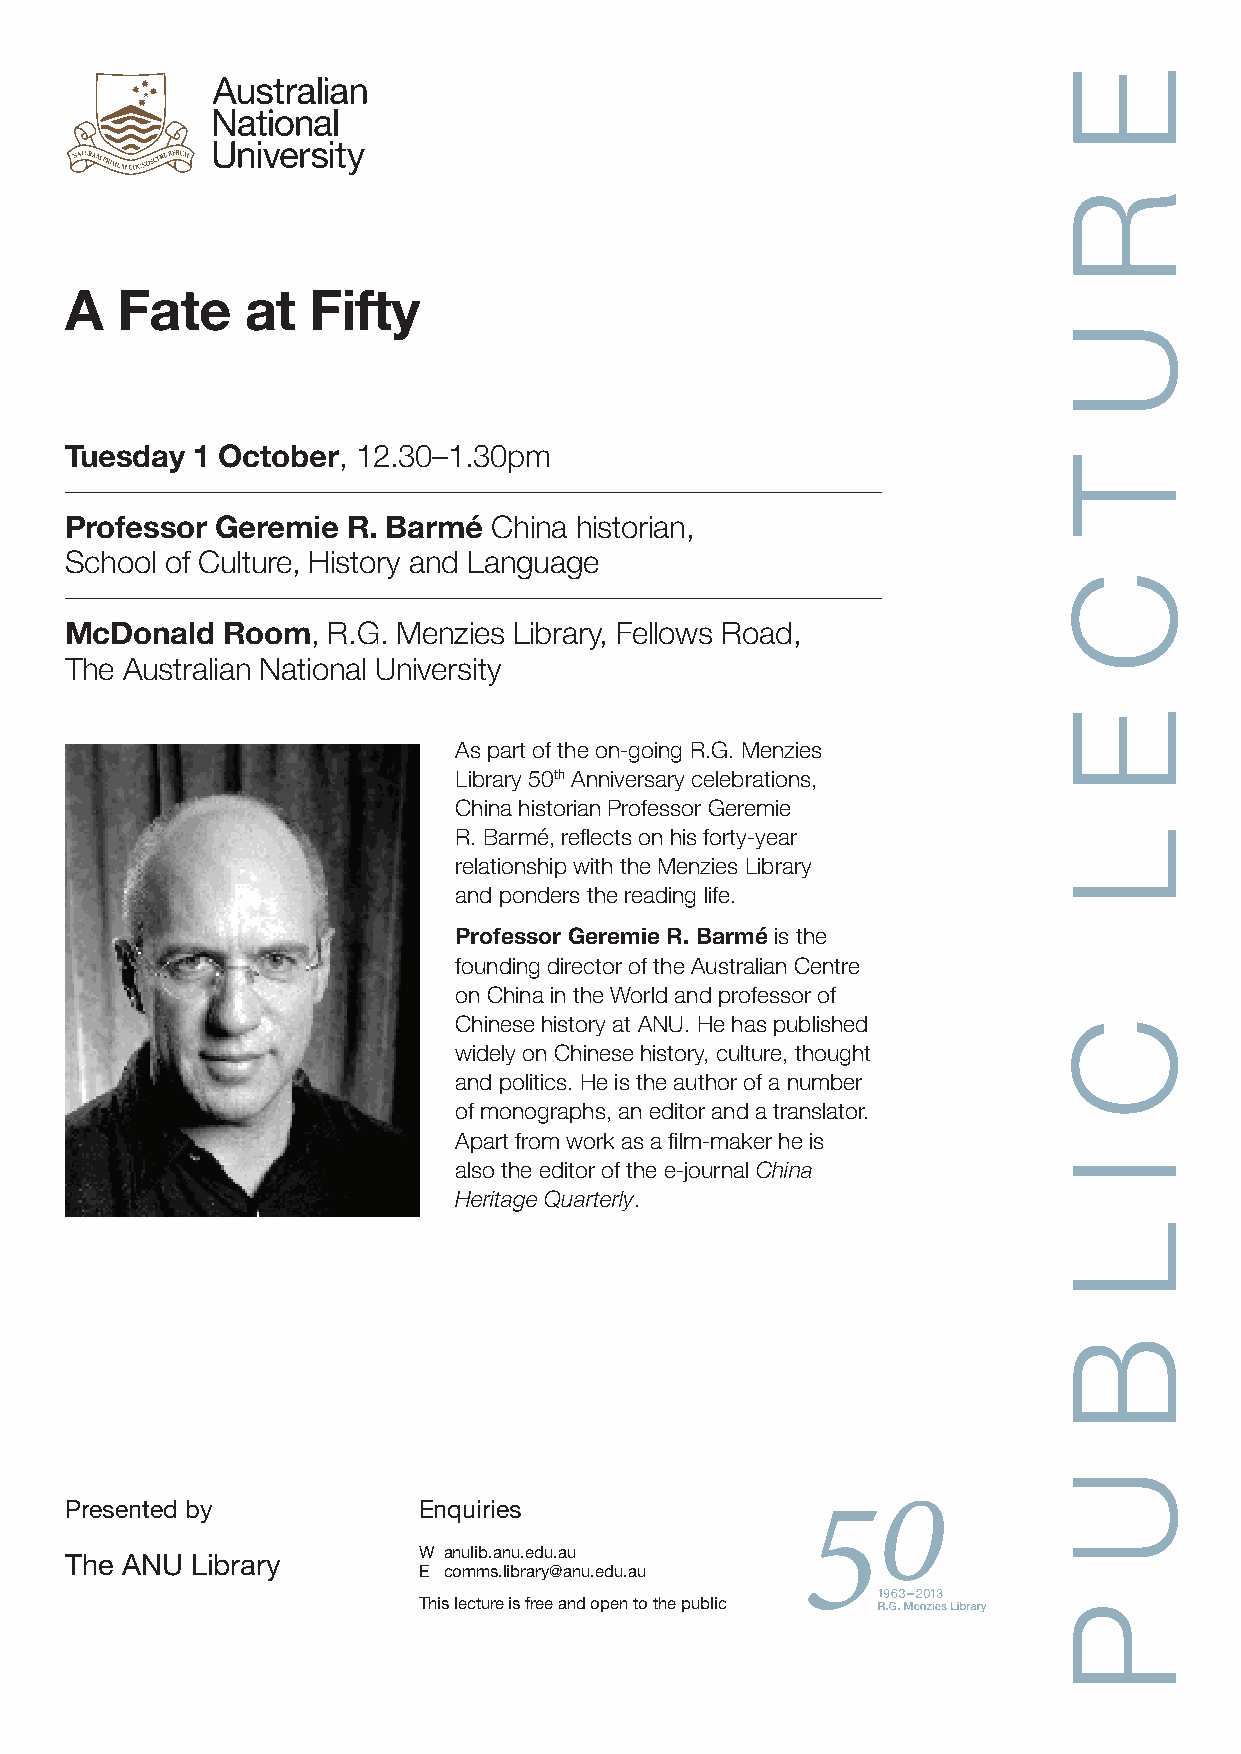
A   Fate    at  Fifty
 Tuesday  1 October, 12.30–1.30pm
 Professor Geremie  R. Barmé  China historian,
 School of Culture, History and Language
 McDonald   Room,  R.G. Menzies Library, Fellows Road,
 The Australian National University
 As part of the on-going R.G. Menzies
 Library 50th Anniversary celebrations,
 China historian Professor Geremie
 R. Barmé, reflects on his forty-year
 relationship with the Menzies Library
 and ponders the reading life.
 Professor Geremie R. Barmé is the
 founding director of the Australian Centre
 on China in the World and professor of
 Chinese history at ANU. He has published
 widely on Chinese history, culture, thought
 and politics. He is the author of a number
 of monographs, an editor and a translator.
 Apart from work as a film-maker he is
 also the editor of the e-journal China
 Heritage Quarterly.
 Presented by            Enquiries
 W anulib.anu.edu.au
 The ANU  Library
 E comms.library@anu.edu.au
 This lecture is free and open to the public